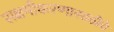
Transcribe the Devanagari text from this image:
सक्षमीकरणासाठीचे